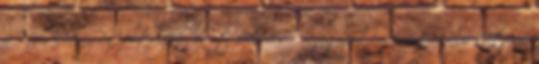
a Kacskaringón, pótolják, mert érdemes. Bejegyezte: vera takacs dátum: